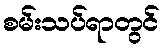
စမ်းသပ်ရာတွင်